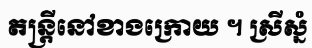
តន្ត្រីនៅខាងក្រោយ ។ ស្រីស្នំ